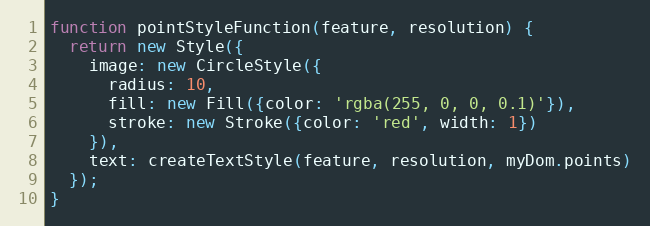
Language: JavaScript
function pointStyleFunction(feature, resolution) {
  return new Style({
    image: new CircleStyle({
      radius: 10,
      fill: new Fill({color: 'rgba(255, 0, 0, 0.1)'}),
      stroke: new Stroke({color: 'red', width: 1})
    }),
    text: createTextStyle(feature, resolution, myDom.points)
  });
}